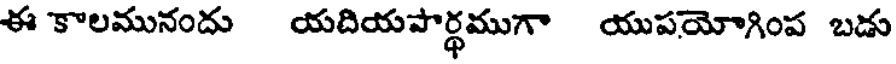
ఈ కాలమునందు యదియపార్థముగా యుపయోగింప బడు